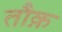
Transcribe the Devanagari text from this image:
तौक़